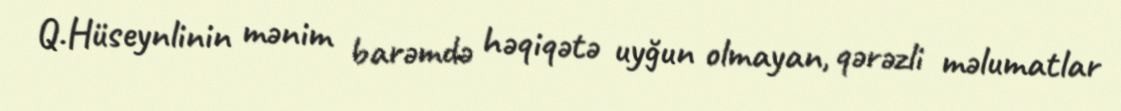
Q.Hüseynlinin mənim barəmdə həqiqətə uyğun olmayan, qərəzli məlumatlar